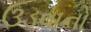
ઉડવાનો